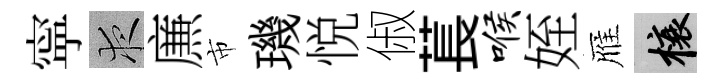
寜夜㢘市璣悦俶萇喉姪雁榱